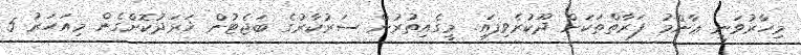
މިހާރުވަނީ ޢާންމު ފަރާތްތަކަށް ދޫކުރެވިފައި. މީގެއިތުރުން ސަރުކާރުގެ ބަޖެޓުން ޚަރަދުކޮށްގެން މިއަހަރު 5